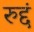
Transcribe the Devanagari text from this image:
रुद्दं